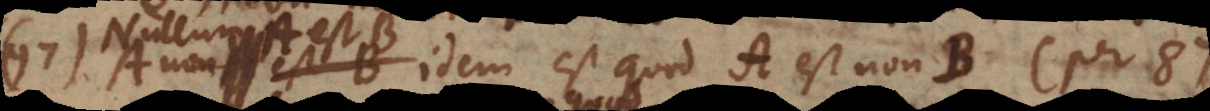
est B idem est quod A est non-B (per 87).